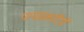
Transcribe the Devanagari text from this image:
पायसकारियों